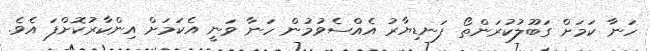
ހަނާ ކަމަށް ގަބޫލުކުރަންތޯ ފަނޑިޔާރު އެއްސެވުމުން ހަނާ ވަނީ އެކަމަށް އިންކާރުކޮށްފަ އެވެ.